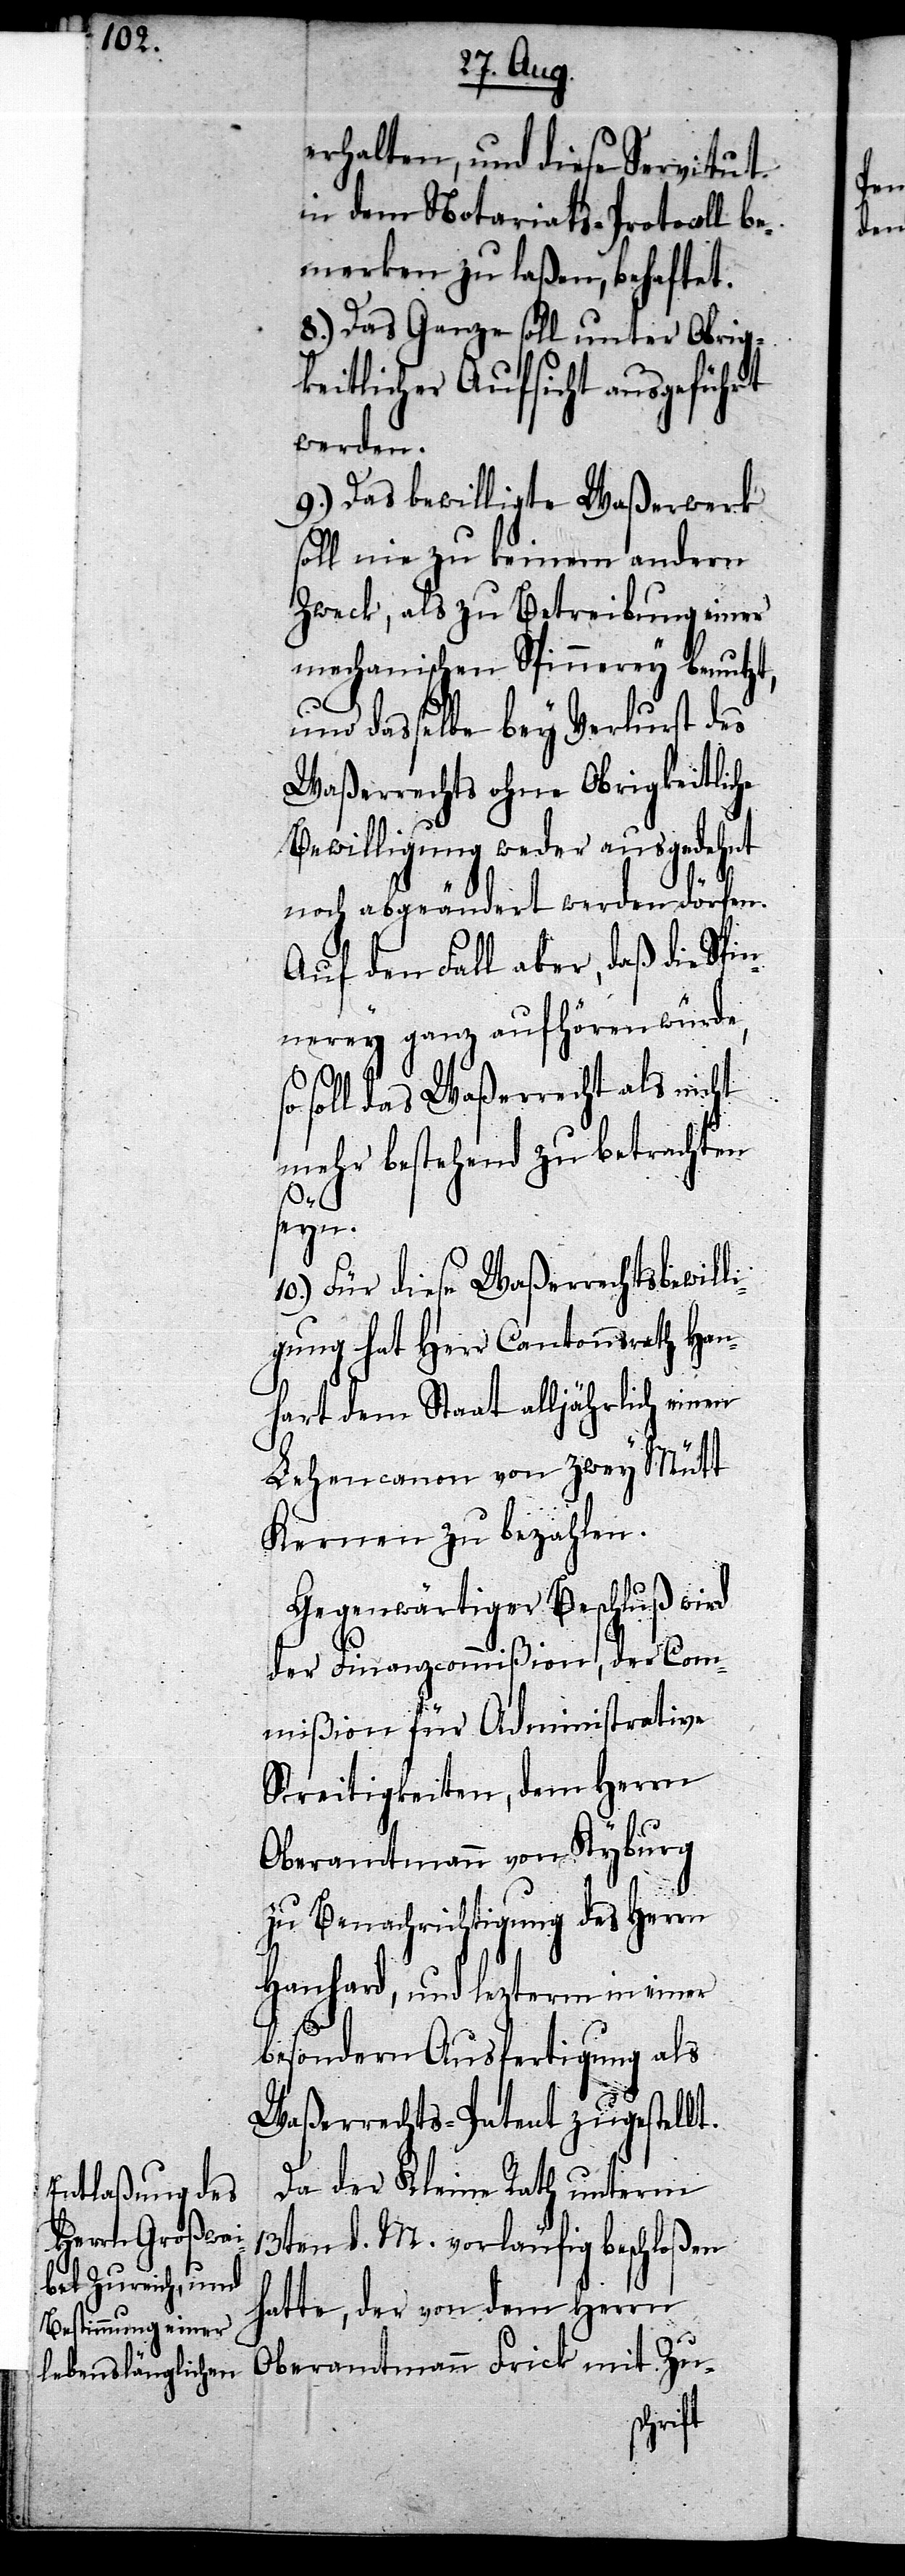
erhalten, und diese Servitut
in dem Notariats-Protocoll be¬
merken zu laßen, behaftet.
8.) Das Ganze soll unter Obrig¬
keitlicher Aufsicht ausgeführt
werden.
9.) Das bewilligte Waßerwerk
soll nie zu keinem andern
Zweck, als zu Betreibung einer
mechanischen Spinnerey benutzt,
und dasselbe bey Verlurst des
Waßerrechts ohne Obrigkeitliche
Bewilligung weder ausgedehnt
noch abgeändert werden dörfen.
Auf den Fall aber, daß die Spi¬
nnerey ganz aufhören würde,
soll das Waßerrecht als nicht
mehr bestehend zu betrachten
seyn.
10.) Für diese Waßerrechtsbewill¬
igung hat Herr Cantonsrath Han¬
[sic!] dem Staat alljährlich einen
Lehencanon von zwey Mütt
Kernen zu bezahlen.
Gegenwärtiger Beschluß wird
der Finanzcommißion, der Com¬
mißion für Administrative
Streitigkeiten, dem Herrn
Oberamtmann von Kyburg
zu Benachrichtigung des Herrn
Hanhard, und lezterm in einer
besondern Ausfertigung als
Waßerrechts-Patent zugestellt.
Da der Kleine Rath unterm
13ten d. M. vorläufig beschloßen
hatte, der von dem Herrn
Oberamtmann Frick mit Zu-
hart